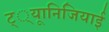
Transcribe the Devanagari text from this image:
ट््यूानिजियाई